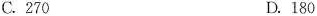
C.270 D.180